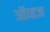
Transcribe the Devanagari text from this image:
ऑव्हज